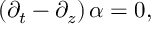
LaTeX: \left( \partial _ { t } - \partial _ { z } \right) \alpha = 0 ,